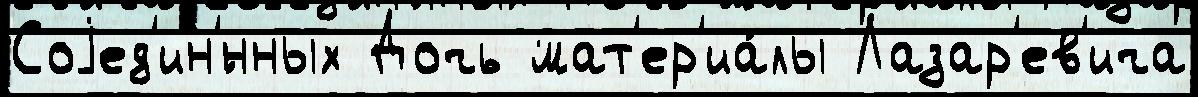
Соjед'ин'́нных Дочь мат'ер'иа́лы Лазар'ев'ича